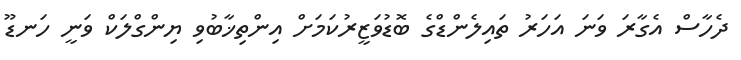
ދެހާސް އެގާރަ ވަނަ އަހަރު ތައިލެންޑްގެ ބޮޑުވަޒީރުކަމަށް އިންތިޚާބުވި ޔިންގްލަކް ވަނީ ހަނޑޫ